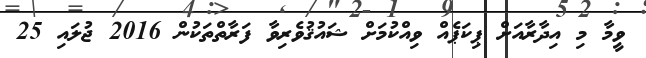
ވީމާ މި އިދާރާއަށް ޕިކަޕެއް ވިއްކުމަށް ޝައުޤުވެރިވާ ފަރާތްތަކުން 2016 ޖުލައި 25